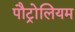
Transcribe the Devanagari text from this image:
पौट्रोलियम